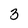
Character: 3